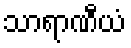
သာရာဏီယံ